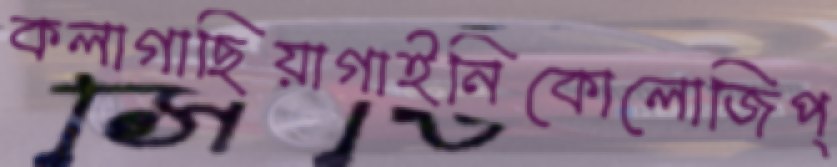
কলাগাছিয়াগাইনিকোলোজিপ্